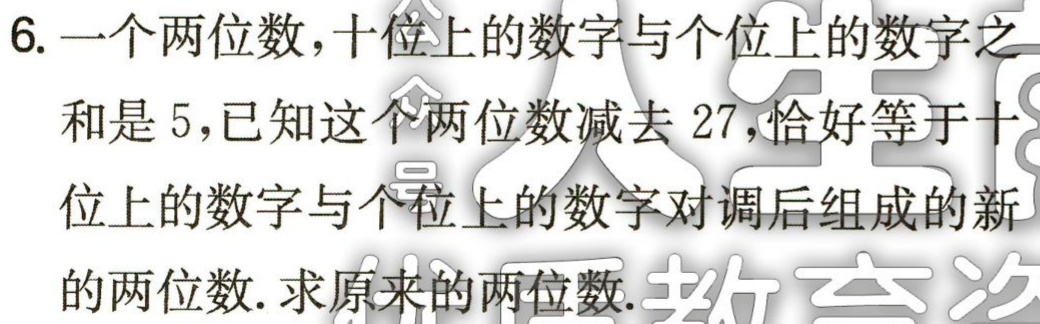
6. 一个两位数，十位上的数字与个位上的数字之和是 5，已知这个两位数减去 27，恰好等于十位上的数字与个位上的数字对调后组成的新的两位数. 求原来的两位数.